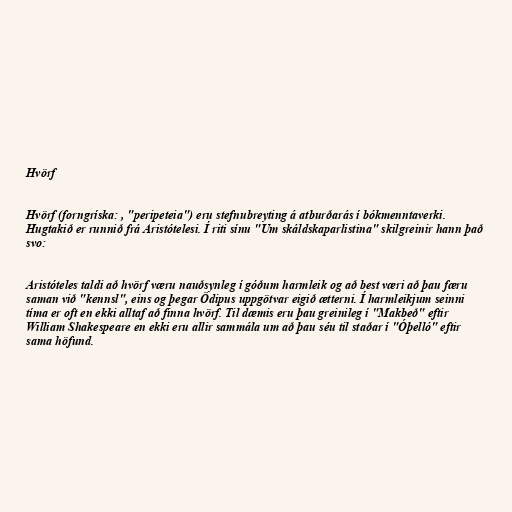
Hvörf

Hvörf (forngríska: , "peripeteia") eru stefnubreyting á atburðarás í bókmenntaverki.
Hugtakið er runnið frá Aristótelesi. Í riti sínu "Um skáldskaparlistina" skilgreinir hann það
svo:

Aristóteles taldi að hvörf væru nauðsynleg í góðum harmleik og að best væri að þau færu
saman við "kennsl", eins og þegar Ödipus uppgötvar eigið ætterni. Í harmleikjum seinni
tíma er oft en ekki alltaf að finna hvörf. Til dæmis eru þau greinileg í "Makbeð" eftir
William Shakespeare en ekki eru allir sammála um að þau séu til staðar í "Óþelló" eftir
sama höfund.